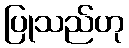
ပြုသည်ဟု